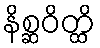
နိစ္ဆဝိတ္ထိ